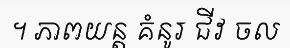
។ ភាពយន្ត គំនូរ ជីវ ចល